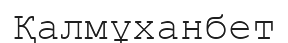
Қалмұханбет